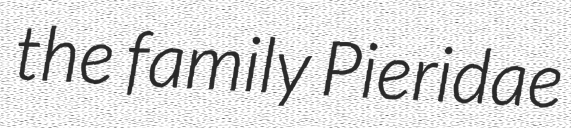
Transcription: the family Pieridae